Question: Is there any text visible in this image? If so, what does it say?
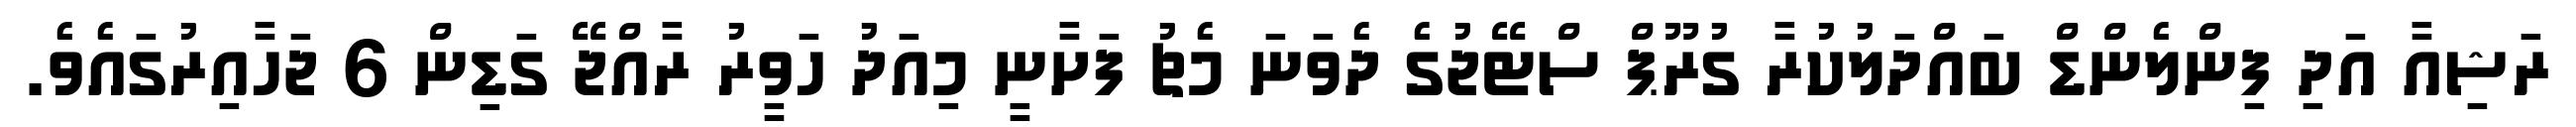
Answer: ރަޝިއާ އަދި ފިންލެންޑް ބައްދަލުކުރާ ގުރޫޕް ސްޓޭޖުގެ ދެވަނަ މެޗު ފަށާނީ މިއަދު ހަވީރު ރާއްޖޭ ގަޑިން 6 ޖަހާއިރުގައެވެ.